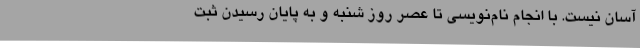
آسان نیست. با انجام نام‌نویسی تا عصر روز شنبه و به پایان رسیدن ثبت